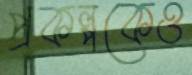
প্রকল্পকেও